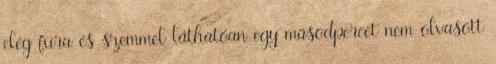
elég fura és szemmel láthatóan egy másodpercet nem olvasott